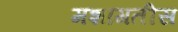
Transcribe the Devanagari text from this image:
मशागतीस